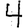
Digit: 4